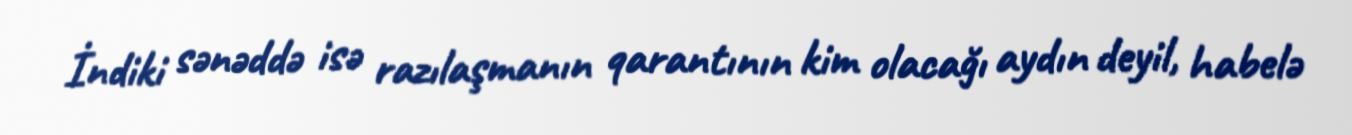
İndiki sənəddə isə razılaşmanın qarantının kim olacağı aydın deyil, habelə